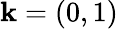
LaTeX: \mathbf{k}=(0,1)